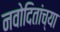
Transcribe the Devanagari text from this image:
नवोदितांच्या